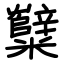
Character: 糱